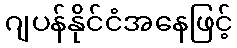
ဂျပန်နိုင်ငံအနေဖြင့်